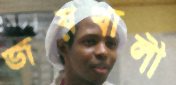
জয়খালী